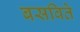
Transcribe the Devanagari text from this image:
बसविते